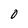
Character: O